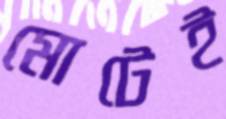
মোটেই